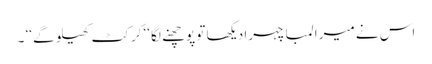
اس نے میرا لمبا چہرا دیکھا تو پوچھنے لگا ‘‘کرکٹ کھیلو گے ‘‘ ۔